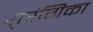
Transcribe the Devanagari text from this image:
सुरंगिका